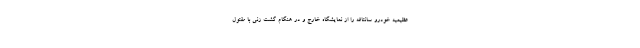
عظیمیه خودرو سانتافه را از نمایشگاه خارج و در هنگام گشت زنی با مقتول